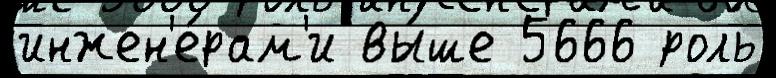
инжен'е́рам'и вы́ше 5666 роль